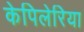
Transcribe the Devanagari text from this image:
केपिलेरिया